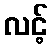
လင့်